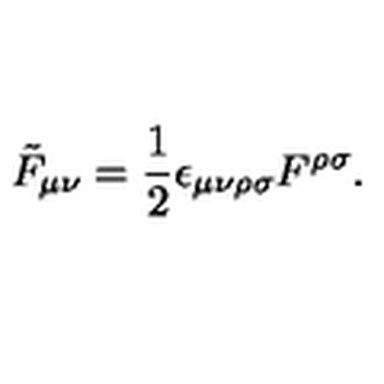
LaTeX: \tilde { F } _ { \mu \nu } = \frac { 1 } { 2 } \epsilon _ { \mu \nu \rho \sigma } F ^ { \rho \sigma } .